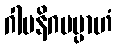
ဂါမနိဂမမ္ပာဟံ